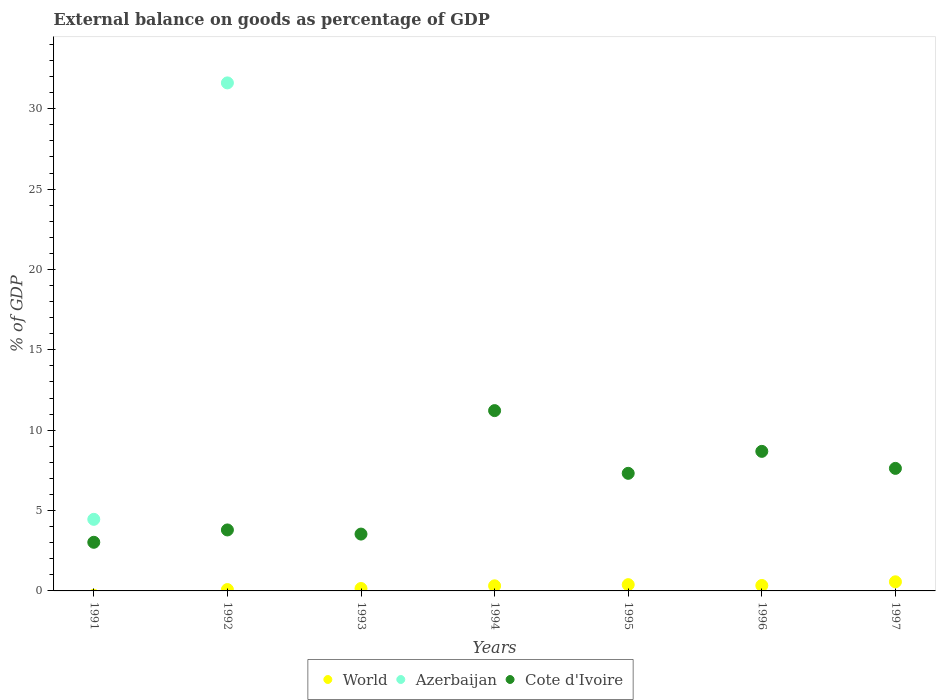
| Years | World | Azerbaijan | Cote d'Ivoire |
 | --- | --- | --- | --- |
 | 1991 | -0.273 | 4.45 | 3.03 |
 | 1992 | 0.0845 | 31.6 | 3.79 |
 | 1993 | 0.151 | -18.6 | 3.54 |
 | 1994 | 0.317 | -5.91 | 11.2 |
 | 1995 | 0.39 | -13.6 | 7.32 |
 | 1996 | 0.338 | -26 | 8.68 |
 | 1997 | 0.567 | -24 | 7.62 |